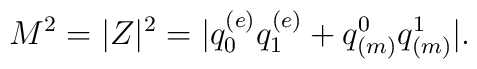
M^2 =|Z|^2 = |q^{(e)}_0q^{(e)}_1 + q^0_{(m)}q^1_{(m)}|.